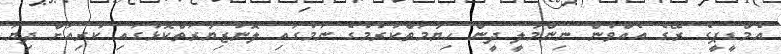
އެމްޑީޕީގެ ރޭގެ އެއްވުން ނިންމާލީ ދީން ހިޔާމަތްކުރުމުގެ ނަމުގައި ލޮނުޒިޔާރަތްކޮޅުގައި ކުރިއަށް ދިޔަ